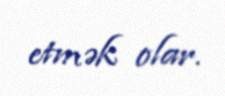
etmək olar.